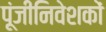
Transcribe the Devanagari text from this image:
पूंजीनिवेशकों